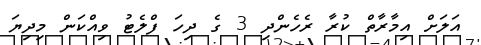
އަލަށް އިމާރާތް ކުރާ ރެހެންދި 3 ގެ ދިހަ ފްލެޓު ވިއްކަން މިދިޔަ